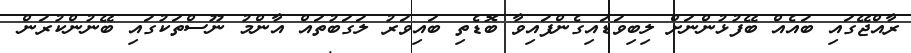
ރާއްޖޭގައި ބައެއް ބޭފުޅުންނަށް ލިބިވަޑައިގެންފައިވާ ބޮޑެތި ބައިވަރު ލަގަބުތައް އާންމު ނޫސްތަކުގައި ބޭނުންކުރަން